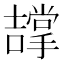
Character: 𭋵